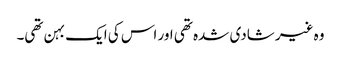
وہ غیر شادی شدہ تھی اور اس کی ایک بہن تھی۔